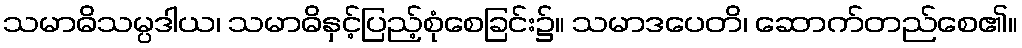
သမာဓိသမ္ပဒါယ၊ သမာဓိနှင့်ပြည့်စုံစေခြင်း၌။ သမာဒပေတိ၊ ဆောက်တည်စေ၏။